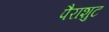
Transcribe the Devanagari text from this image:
पैराशुट